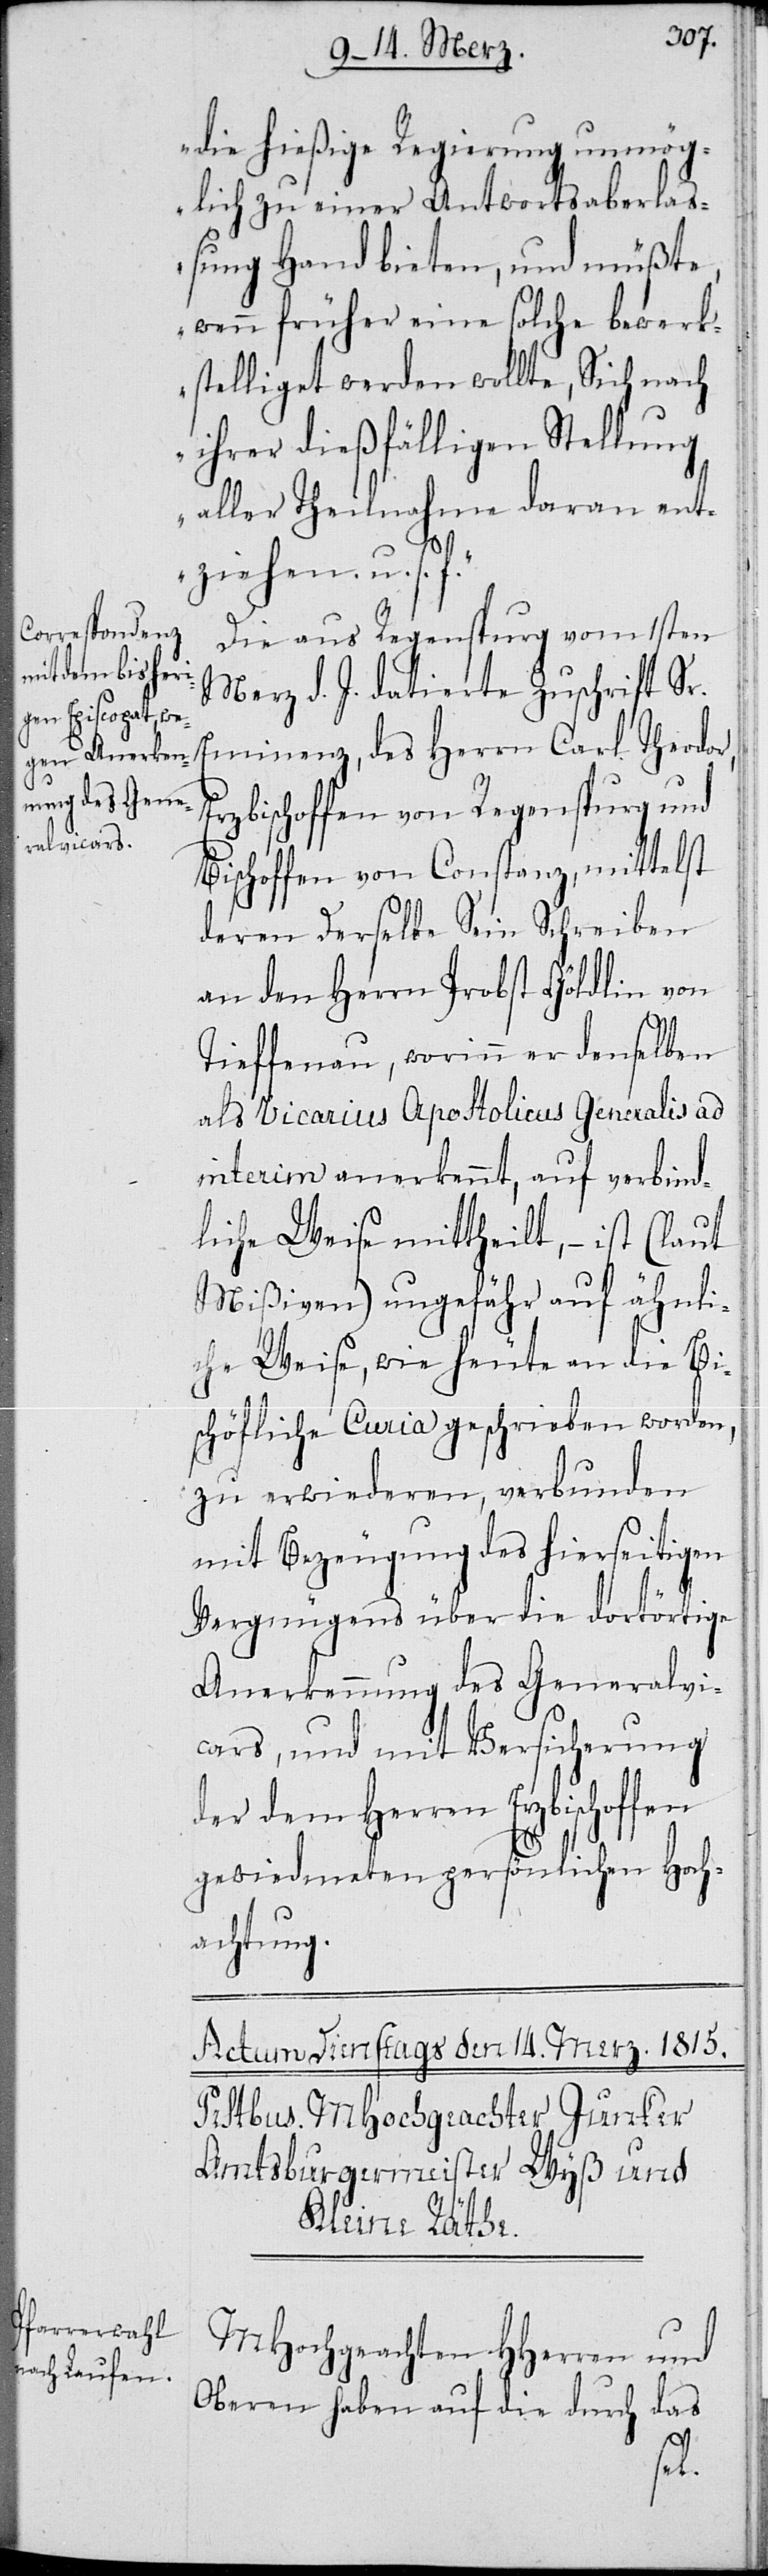
die hießige Regierung unmög¬
lich zu einer Antwortsaberlaß¬
ung Hand bieten, und müßte,
wenn früher eine solche bewerk¬
stelliget werden wollte, Sich nach
ihrer dießfälligen Stellung
aller Theilnahme daran ent¬
ziehen. u. s. f.“
Die aus Regenspurg vom 1sten
Merz d. J. datierte Zuschrift Sr.
Erzbischoffen von Regenspurg und
Bischoffen von Constanz, mittelst
deren Derselbe Sein Schreiben
an den Herrn Probst Göldlin von
Tieffenau, worinn er denselben
als Vicarius Apostolicus Generalis ad
interim anerkennt, auf verbind¬
liche Weise mittheilt, – ist (laut
Mißiven) ungefähr auf ähnli¬
ch Weise, wie heute an die Bi¬
schöfliche Curia geschrieben worden,
zu erwiederen, verbunden
mit Bezeugung des hierseitigen
Vergnügens über die dortörtige
Anerkennung des Generalvi¬
cars, und mit Versicherung
der dem Herren Erzbioschoffen
gewiedmeten persönlichen Hoch¬
achtung.
MHochgeachten HHerren und
Oberen haben auf die durch das